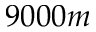
9 0 0 0 m